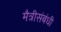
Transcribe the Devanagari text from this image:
मैत्रीसंबंधी